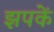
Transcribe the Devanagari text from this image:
झपकें